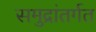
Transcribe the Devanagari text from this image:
समुद्रांतर्गत